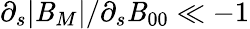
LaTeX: \partial_{s}|\mathit{B}_{M}|/\partial_{s}\mathit{B}_{00}\ll-1